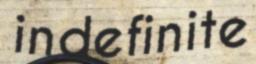
indefinite